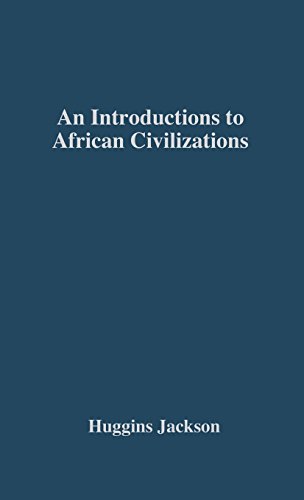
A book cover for An Introduction to African Civilizations: with Main Currents in Ethiopian History; Willis Nathaniel Huggins; History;